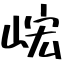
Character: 峵